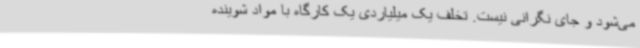
می‌شود و جای نگرانی نیست. تخلف یک میلیاردی یک کارگاه با مواد شوینده